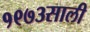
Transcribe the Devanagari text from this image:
१९७३साली